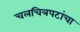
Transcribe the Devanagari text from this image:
चलचित्रपटांचा